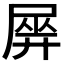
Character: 𡲱